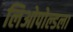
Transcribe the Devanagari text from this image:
लिओपोल्डला